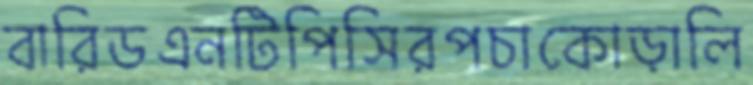
বারিডএনটিপিসিরপচাকোড়ালি